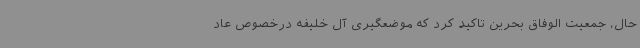
حال، جمعیت الوفاق بحرین تاکید کرد که موضعگیری آل خلیفه درخصوص عاد